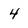
Character: 4